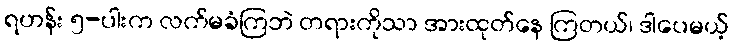
ရဟန်း ၅-ပါးက လက်မခံကြဘဲ တရားကိုသာ အားထုတ်နေ ကြတယ်၊ ဒါပေမယ့်